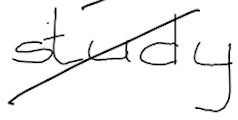
Text: study
Cross-out: diagonal
Writing tool: digital_black